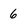
Character: 6